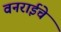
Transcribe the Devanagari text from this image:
वनराईचे